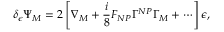
\delta _ { \epsilon } \Psi _ { M } = 2 \left[ \nabla _ { M } + \frac { i } { 8 } F _ { N P } \Gamma ^ { N P } \Gamma _ { M } + \cdots \right] \epsilon ,